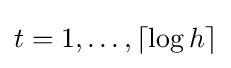
t=1,\dots ,\left\lceil \log h\right\rceil